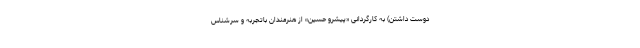
دوست داشتن) به کارگردانی «پیشرو حسین» از هنرمندان باتجربه و سرشناس